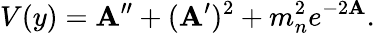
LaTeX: V(y)=\mathbf{A}^{\prime\prime}+(\mathbf{A}^{\prime})^{2}+m_{n}^{2}e^{-2\mathbf{A}}.